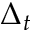
\Delta _ { t }